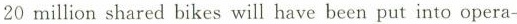
20 million shared bikes will have been put into opera-